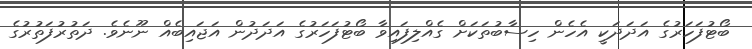
ބޯޓުފަހަރުގެ އަދަދަކީ އެހެން ހިސާބުތަކަށް ގެއްލިފައިވާ ބޯޓުފަހަރުގެ އަދަދުން އަޖައިބެއް ނޫނެވެ. ދަތުރުފަތުރުގެ